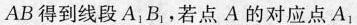
AB得到线段A_{1}B_{1}，若点A的对应点A_{1}